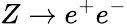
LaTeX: Z\rightarrow e^{+}e^{-}